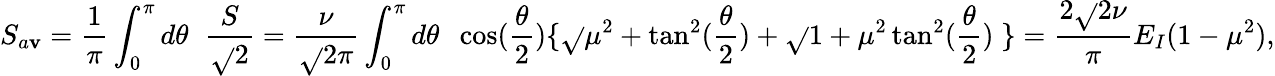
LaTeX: S_{a\mathbf{v}}=\frac{{1}}{{\pi}}\int_{0}^{\pi}d\theta\; \; \frac{{S}}{{\sqrt{}{{2}}}}=\frac{{\nu}}{{\sqrt{}{{2}}\pi}}\int_{0}^{\pi}d\theta\; \; \cos(\frac{{\theta}}{{2}})\{ \sqrt{}{{\mu^{2}+\tan^{2}(\frac{{\theta}}{{2}})}}+\sqrt{}{{1+\mu^{2}\tan^{2}(\frac{{\theta}}{{2}})}}\; \} =\frac{{2\sqrt{}{{2}}\nu}}{{\pi}}E_{I}(1-\mu^{2}),